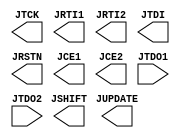
module JTAGB (
         output JTCK,
         output JRTI1,
         output JRTI2,
         output JTDI,
         output JSHIFT,
         output JUPDATE,
         output JRSTN,
         output JCE1,
         output JCE2,
         input JTDO1,
         input JTDO2
      ) /*synthesis syn_black_box */; 
      
endmodule